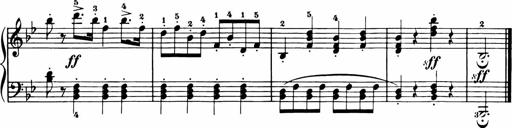
Title: 11 Sonatinas for Piano Solo
Composer: Anton Diabelli